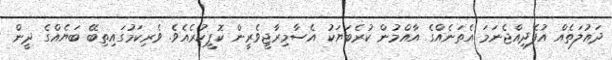
ދައުލަތެއް އުފެދިއްޖެނަމަ އެތަނެއްގެ އާއްމުން ކުރެބަޔަކު އެސާމިރާޖީވެރީން ކޮޕީކުރެއެވެ. ވެރިކަމުގައިތިބޭ ބަޔެއްގެ ދީން